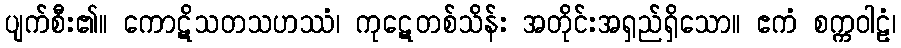
ပျက်စီး၏။ ကောဋိသတသဟဿံ၊ ကုဋေတစ်သိန်း အတိုင်းအရှည်ရှိသော။ ဧကံ စက္ကဝါဠံ၊